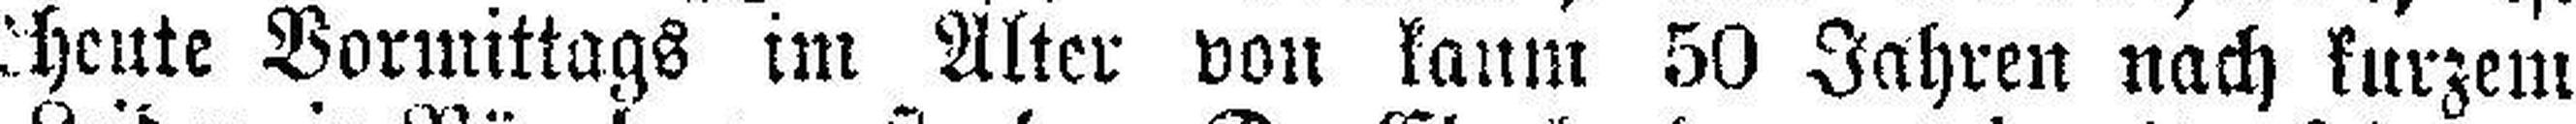
heute Vormittags im Alter von kaum 50 Jahren nach kurzem